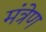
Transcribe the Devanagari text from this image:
मंत्रेण